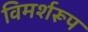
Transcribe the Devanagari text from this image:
विमर्शरूप